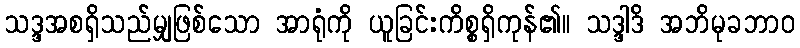
သဒ္ဒအစရှိသည်မျှဖြစ်သော အာရုံကို ယူခြင်းကိစ္စရှိကုန်၏။ သဒ္ဒါဒိ အဘိမုခဘာဝ